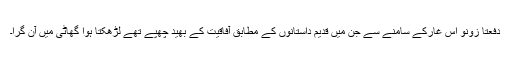
دفعتاً زونو اس غارکے سامنے سے جن میں قدیم داستانوں کے مطابق آفاقیت کے بھید چھپے تھے لڑھکتا ہوا گھاٹی میں آن گرا۔